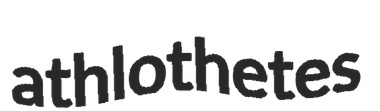
athlothetes